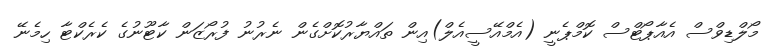
މޯލްޑިވްސް އެއާޕޯޓްސް ކޮމްޕެނީ (އެމްއޭސީއެލް)އިން ތައްޔާރުކޮށްގެން ނެރުނު ފުރޯޒަން ކާޓޫނުގެ ކެރެކްޓާ ހިމެނޭ